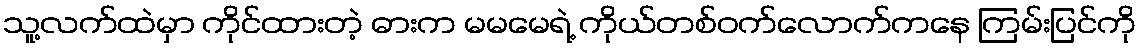
သူ့လက်ထဲမှာ ကိုင်ထားတဲ့ ဓားက မမမေရဲ့ ကိုယ်တစ်ဝက်လောက်ကနေ ကြမ်းပြင်ကို